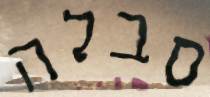
סבלה